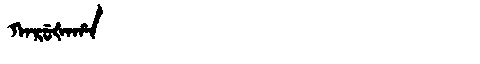
Manchu: ᡴᠠᡵᡠᡧᠠᡥᠠ
Romanization: KARUŠAHA